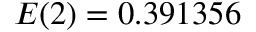
E ( 2 ) = 0 . 3 9 1 3 5 6